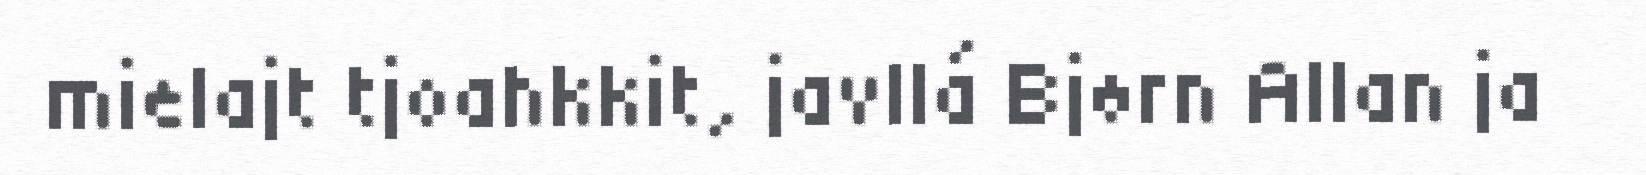
mielajt tjoahkkit, javllá Bjørn Allan ja